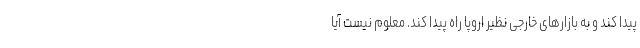
پیدا کند و به بازارهای خارجی نظیر اروپا راه پیدا کند. معلوم نیست آیا